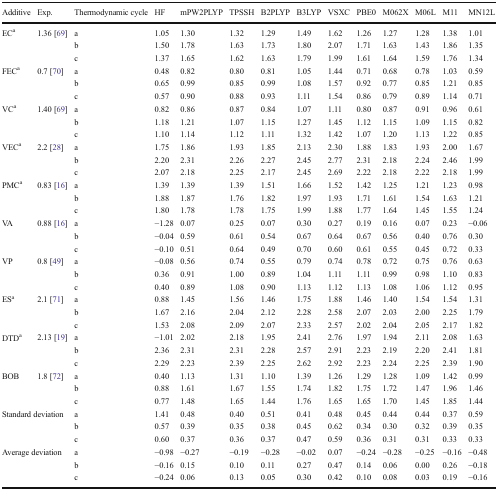
<table><thead><tr><td><b>Additive</b></td><td><b>Exp.</b></td><td><b>Thermodynamic cycle</b></td><td><b>HF</b></td><td><b>mPW2PLYP</b></td><td><b>TPSSH</b></td><td><b>B2PLYP</b></td><td><b>B3LYP</b></td><td><b>VSXC</b></td><td><b>PBE0</b></td><td><b>M062X</b></td><td><b>M06L</b></td><td><b>M11</b></td><td><b>MN12L</b></td></tr></thead><tbody><tr><td rowspan="3">EC<sup>a</sup></td><td rowspan="3">1.36 [69]</td><td>a</td><td>1.05</td><td>1.30</td><td>1.32</td><td>1.29</td><td>1.49</td><td>1.62</td><td>1.26</td><td>1.27</td><td>1.28</td><td>1.38</td><td>1.01</td></tr><tr><td>b</td><td>1.50</td><td>1.78</td><td>1.63</td><td>1.73</td><td>1.80</td><td>2.07</td><td>1.71</td><td>1.63</td><td>1.43</td><td>1.86</td><td>1.35</td></tr><tr><td>c</td><td>1.37</td><td>1.65</td><td>1.62</td><td>1.63</td><td>1.79</td><td>1.99</td><td>1.61</td><td>1.64</td><td>1.59</td><td>1.76</td><td>1.34</td></tr><tr><td rowspan="3">FEC<sup>a</sup></td><td rowspan="3">0.7 [70]</td><td>a</td><td>0.48</td><td>0.82</td><td>0.80</td><td>0.81</td><td>1.05</td><td>1.44</td><td>0.71</td><td>0.68</td><td>0.78</td><td>1.03</td><td>0.59</td></tr><tr><td>b</td><td>0.65</td><td>0.99</td><td>0.85</td><td>0.99</td><td>1.08</td><td>1.57</td><td>0.92</td><td>0.77</td><td>0.85</td><td>1.21</td><td>0.85</td></tr><tr><td>c</td><td>0.57</td><td>0.90</td><td>0.88</td><td>0.93</td><td>1.11</td><td>1.54</td><td>0.86</td><td>0.79</td><td>0.89</td><td>1.14</td><td>0.71</td></tr><tr><td rowspan="3">VC<sup>a</sup></td><td rowspan="3">1.40 [69]</td><td>a</td><td>0.82</td><td>0.86</td><td>0.87</td><td>0.84</td><td>1.07</td><td>1.11</td><td>0.80</td><td>0.87</td><td>0.91</td><td>0.96</td><td>0.61</td></tr><tr><td>b</td><td>1.18</td><td>1.21</td><td>1.07</td><td>1.15</td><td>1.27</td><td>1.45</td><td>1.12</td><td>1.15</td><td>1.09</td><td>1.15</td><td>0.82</td></tr><tr><td>c</td><td>1.10</td><td>1.14</td><td>1.12</td><td>1.11</td><td>1.32</td><td>1.42</td><td>1.07</td><td>1.20</td><td>1.13</td><td>1.22</td><td>0.85</td></tr><tr><td rowspan="3">VEC<sup>a</sup></td><td rowspan="3">2.2 [28]</td><td>a</td><td>1.75</td><td>1.86</td><td>1.93</td><td>1.85</td><td>2.13</td><td>2.30</td><td>1.88</td><td>1.83</td><td>1.93</td><td>2.00</td><td>1.67</td></tr><tr><td>b</td><td>2.20</td><td>2.31</td><td>2.26</td><td>2.27</td><td>2.45</td><td>2.77</td><td>2.31</td><td>2.18</td><td>2.24</td><td>2.46</td><td>1.99</td></tr><tr><td>c</td><td>2.07</td><td>2.18</td><td>2.25</td><td>2.17</td><td>2.45</td><td>2.69</td><td>2.22</td><td>2.18</td><td>2.22</td><td>2.18</td><td>1.99</td></tr><tr><td rowspan="3">PMC<sup>a</sup></td><td rowspan="3">0.83 [16]</td><td>a</td><td>1.39</td><td>1.39</td><td>1.39</td><td>1.51</td><td>1.66</td><td>1.52</td><td>1.42</td><td>1.25</td><td>1.21</td><td>1.23</td><td>0.98</td></tr><tr><td>b</td><td>1.88</td><td>1.87</td><td>1.76</td><td>1.82</td><td>1.97</td><td>1.93</td><td>1.71</td><td>1.61</td><td>1.54</td><td>1.63</td><td>1.21</td></tr><tr><td>c</td><td>1.80</td><td>1.78</td><td>1.78</td><td>1.75</td><td>1.99</td><td>1.88</td><td>1.77</td><td>1.64</td><td>1.45</td><td>1.55</td><td>1.24</td></tr><tr><td rowspan="3">VA</td><td rowspan="3">0.88 [16]</td><td>a</td><td>−1.28</td><td>0.07</td><td>0.25</td><td>0.07</td><td>0.30</td><td>0.27</td><td>0.19</td><td>0.16</td><td>0.07</td><td>0.23</td><td>−0.06</td></tr><tr><td>b</td><td>−0.04</td><td>0.59</td><td>0.61</td><td>0.54</td><td>0.67</td><td>0.64</td><td>0.67</td><td>0.56</td><td>0.40</td><td>0.76</td><td>0.30</td></tr><tr><td>c</td><td>−0.10</td><td>0.51</td><td>0.64</td><td>0.49</td><td>0.70</td><td>0.60</td><td>0.61</td><td>0.55</td><td>0.45</td><td>0.72</td><td>0.33</td></tr><tr><td rowspan="3">VP</td><td rowspan="3">0.8 [49]</td><td>a</td><td>−0.08</td><td>0.56</td><td>0.74</td><td>0.55</td><td>0.79</td><td>0.74</td><td>0.78</td><td>0.72</td><td>0.75</td><td>0.76</td><td>0.63</td></tr><tr><td>b</td><td>0.36</td><td>0.91</td><td>1.00</td><td>0.89</td><td>1.04</td><td>1.11</td><td>1.11</td><td>0.99</td><td>0.98</td><td>1.10</td><td>0.83</td></tr><tr><td>c</td><td>0.40</td><td>0.89</td><td>1.08</td><td>0.90</td><td>1.13</td><td>1.12</td><td>1.13</td><td>1.08</td><td>1.06</td><td>1.12</td><td>0.95</td></tr><tr><td rowspan="3">ES<sup>a</sup></td><td rowspan="3">2.1 [71]</td><td>a</td><td>0.88</td><td>1.45</td><td>1.56</td><td>1.46</td><td>1.75</td><td>1.88</td><td>1.46</td><td>1.40</td><td>1.54</td><td>1.54</td><td>1.31</td></tr><tr><td>b</td><td>1.67</td><td>2.16</td><td>2.04</td><td>2.12</td><td>2.28</td><td>2.58</td><td>2.07</td><td>2.03</td><td>2.00</td><td>2.25</td><td>1.79</td></tr><tr><td>c</td><td>1.53</td><td>2.08</td><td>2.09</td><td>2.07</td><td>2.33</td><td>2.57</td><td>2.02</td><td>2.04</td><td>2.05</td><td>2.17</td><td>1.82</td></tr><tr><td rowspan="3">DTD<sup>a</sup></td><td rowspan="3">2.13 [19]</td><td>a</td><td>−1.01</td><td>2.02</td><td>2.18</td><td>1.95</td><td>2.41</td><td>2.76</td><td>1.97</td><td>1.94</td><td>2.11</td><td>2.08</td><td>1.63</td></tr><tr><td>b</td><td>2.36</td><td>2.31</td><td>2.31</td><td>2.28</td><td>2.57</td><td>2.91</td><td>2.23</td><td>2.19</td><td>2.20</td><td>2.41</td><td>1.81</td></tr><tr><td>c</td><td>2.29</td><td>2.23</td><td>2.39</td><td>2.25</td><td>2.62</td><td>2.92</td><td>2.23</td><td>2.24</td><td>2.25</td><td>2.39</td><td>1.90</td></tr><tr><td rowspan="3">BOB</td><td rowspan="3">1.8 [72]</td><td>a</td><td>0.40</td><td>1.13</td><td>1.31</td><td>1.10</td><td>1.39</td><td>1.26</td><td>1.29</td><td>1.28</td><td>1.09</td><td>1.42</td><td>0.99</td></tr><tr><td>b</td><td>0.88</td><td>1.61</td><td>1.67</td><td>1.55</td><td>1.74</td><td>1.82</td><td>1.75</td><td>1.72</td><td>1.47</td><td>1.96</td><td>1.46</td></tr><tr><td>c</td><td>0.77</td><td>1.48</td><td>1.65</td><td>1.44</td><td>1.76</td><td>1.65</td><td>1.65</td><td>1.70</td><td>1.45</td><td>1.85</td><td>1.44</td></tr><tr><td rowspan="3" colspan="2">Standard deviation</td><td>a</td><td>1.41</td><td>0.48</td><td>0.40</td><td>0.51</td><td>0.41</td><td>0.48</td><td>0.45</td><td>0.44</td><td>0.44</td><td>0.37</td><td>0.59</td></tr><tr><td>b</td><td>0.57</td><td>0.39</td><td>0.35</td><td>0.38</td><td>0.45</td><td>0.62</td><td>0.34</td><td>0.30</td><td>0.32</td><td>0.39</td><td>0.35</td></tr><tr><td>c</td><td>0.60</td><td>0.37</td><td>0.36</td><td>0.37</td><td>0.47</td><td>0.59</td><td>0.36</td><td>0.31</td><td>0.31</td><td>0.33</td><td>0.33</td></tr><tr><td rowspan="3" colspan="2">Average deviation</td><td>a</td><td>−0.98</td><td>−0.27</td><td>−0.19</td><td>−0.28</td><td>−0.02</td><td>0.07</td><td>−0.24</td><td>−0.28</td><td>−0.25</td><td>−0.16</td><td>−0.48</td></tr><tr><td>b</td><td>−0.16</td><td>0.15</td><td>0.10</td><td>0.11</td><td>0.27</td><td>0.47</td><td>0.14</td><td>0.06</td><td>0.00</td><td>0.26</td><td>−0.18</td></tr><tr><td>c</td><td>−0.24</td><td>0.06</td><td>0.13</td><td>0.05</td><td>0.30</td><td>0.42</td><td>0.10</td><td>0.08</td><td>0.03</td><td>0.19</td><td>−0.16</td></tr></tbody></table>